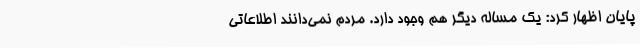
پایان اظهار کرد: یک مساله دیگر هم وجود دارد. مردم نمی‌دانند اطلاعاتی